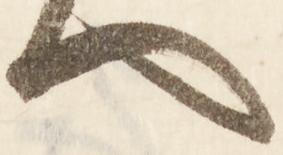
へ